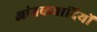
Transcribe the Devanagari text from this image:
आंतकवादियों